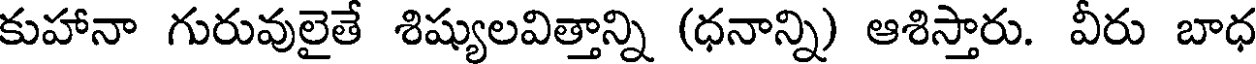
కుహానా గురువులైతే శిష్యులవిత్తాన్ని (ధనాన్ని) ఆశిస్తారు. వీరు బాధ